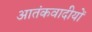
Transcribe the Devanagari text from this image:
आतंकवादीयों